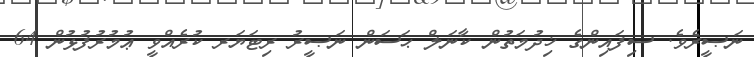
ނަޞީރެވެ. ސިފައިންގެ ޚިދުމަތުން ކާނަލް ޙަސަން ނަޞީރު ރިޓަޔަރ ކުރެއްވީ ޢުމުރުފުޅުން 64